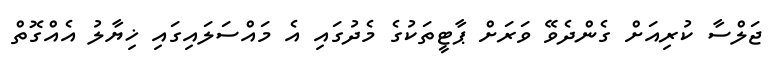
ޖަލްސާ ކުރިއަށް ގެންދެވޭ ވަރަށް ޕާޓީތަކުގެ މެދުގައި އެ މައްސަލައިގައި ޚިޔާލު އެއްގޮތް